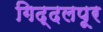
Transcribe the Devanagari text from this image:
गिद्दलपूर